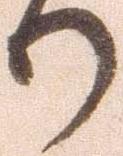
り